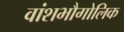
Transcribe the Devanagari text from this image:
वांशभौगोलिक